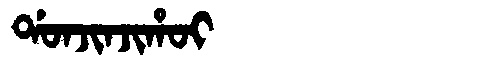
Manchu: ᡩᠣᠨᠵᡳᠨᠵᡳᡥᠣᡳ
Romanization: DONJINJIHOI